Document type: Recognition
Year: 1437
Scribe: Pere Ponçgem
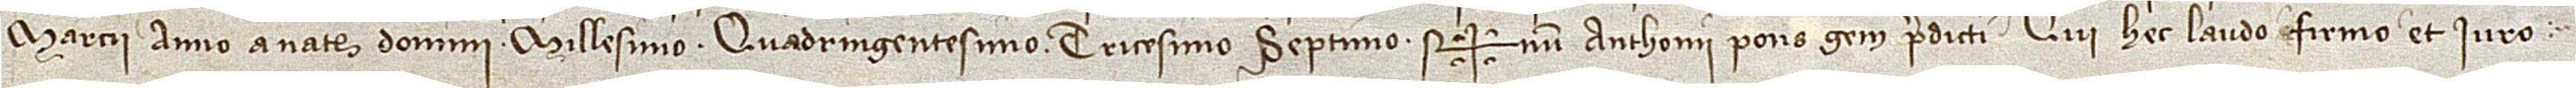
marcii, anno a Nativitate Domini millesimo quadringentesimo tricesimo septimo. Sig+num Anthonii Ponsgem predicti, qui hec laudo, firmo et iuro.